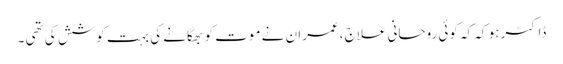
ڈاکٹر ہو کہ کہ کوئی روحانی علاج ،عمران نے موت کو بھگانے کی بہت کوشش کی تھی ۔